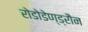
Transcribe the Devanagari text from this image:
रोडोडेण्ड्रौन